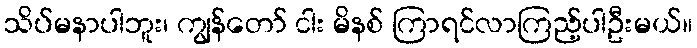
သိပ်မနာပါဘူး၊ ကျွန်တော် ငါး မိနစ် ကြာရင်လာကြည့်ပါဦးမယ်။